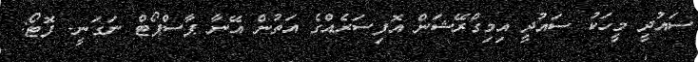
ސައުދީ މީހަކު ސައުދީ އިމިގްރޭޝަން އޮފިސަރެއްގެ އަތުން އޭނާ ޕާސްޕޯޓް ނަގަނީ- ފޮޓޯ: